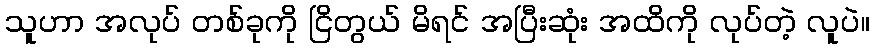
သူဟာ အလုပ် တစ်ခုကို ငြိတွယ် မိရင် အပြီးဆုံး အထိကို လုပ်တဲ့ လူပဲ။